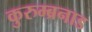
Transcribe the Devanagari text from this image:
कुरुम्ब्रनाड